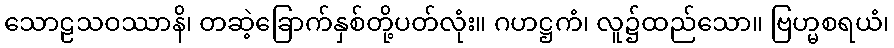
သောဠသဝဿာနိ၊ တဆဲ့ခြောက်နှစ်တို့ပတ်လုံး။ ဂဟဋ္ဌကံ၊ လူ၌ထည်သော။ ဗြဟ္မစရယံ၊